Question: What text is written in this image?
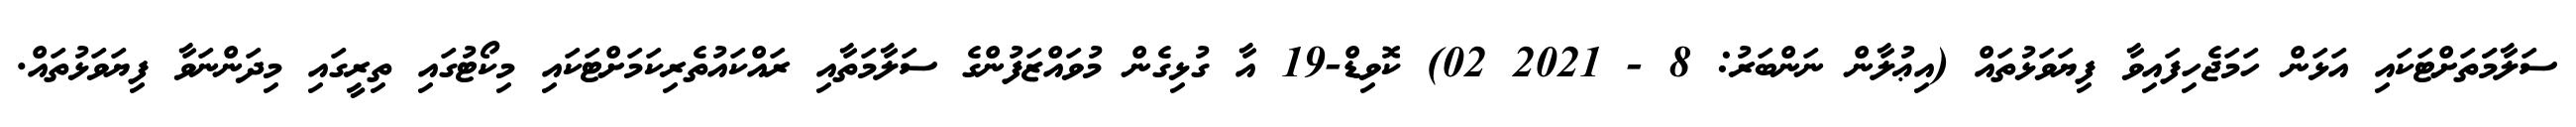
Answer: ސަލާމަަތަށްޓަކައި އަޅަން ހަމަޖެހިފައިވާ ފިޔަވަޅުތައް (އިޢުލާން ނަންބަރު: 8 - 2021 02) ކޮވިޑް-19 އާ ގުޅިގެން މުވައްޒަފުންގެ ސަލާމަތާއި ރައްކައުތެރިކަމަށްޓަކައި މިކޯޓުގައި ތިރީގައި މިދަންނަވާ ފިޔަވަޅުތައް.